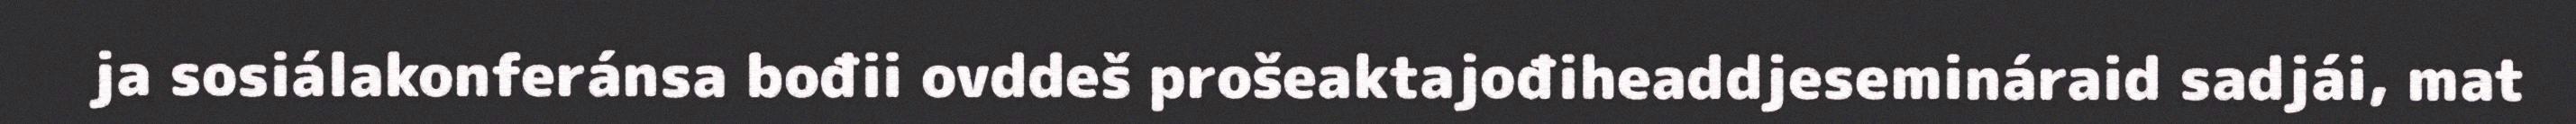
ja sosiálakonferánsa bođii ovddeš prošeaktajođiheaddjesemináraid sadjái, mat